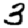
Digit: 3